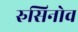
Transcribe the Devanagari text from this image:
रुसिनोव